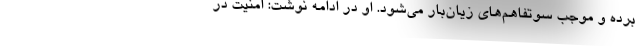
برده و موجب سوتفاهم‌های زیان‌بار می‌شود. او در ادامه نوشت: امنیت در